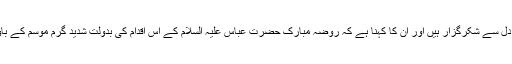
روضہ مبارک حضرت عباس علیہ السلام کے اس اقدام پر سٹوڈنٹس اور والدین تہہ دل سے شکرگزار ہیں اور ان کا کہنا ہے کہ روضہ مبارک حضرت عباس علیہ السلام کے اس اقدام کی بدولت شدید گرم موسم کے باوجود طالب علم سہولت کے ساتھ اور پر سکون ماحول میں امتحانات دے رہے ہیں۔